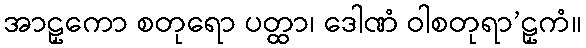
အာဠှကော စတုရော ပတ္ထာ၊ ဒေါဏံ ဝါစတုရာ’ဠှကံ။